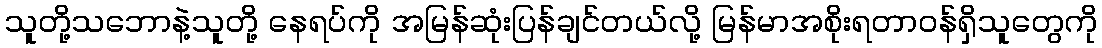
သူတို့သဘောနဲ့သူတို့ နေရပ်ကို အမြန်ဆုံးပြန်ချင်တယ်လို့ မြန်မာအစိုးရတာဝန်ရှိသူတွေကို